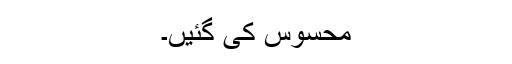
محسوس کی گئیں۔